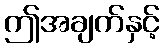
ဤအချက်နှင့်